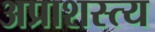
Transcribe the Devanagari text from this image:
अप्राशस्त्य